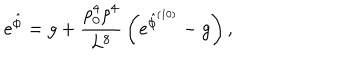
{ e ^ { \hat { \phi } } = g + { \frac { \rho _ { 0 } ^ { 4 } \rho ^ { 4 } } { L ^ { 8 } } } \left( e ^ { \hat { \phi } ^ { ( 1 0 ) } } - g \right) , }